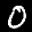
Digit: 0